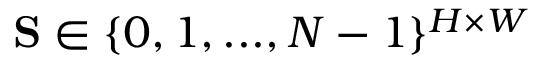
\mathbf { S } \in \{ 0 , 1 , . . . , N - 1 \} ^ { H \times W }